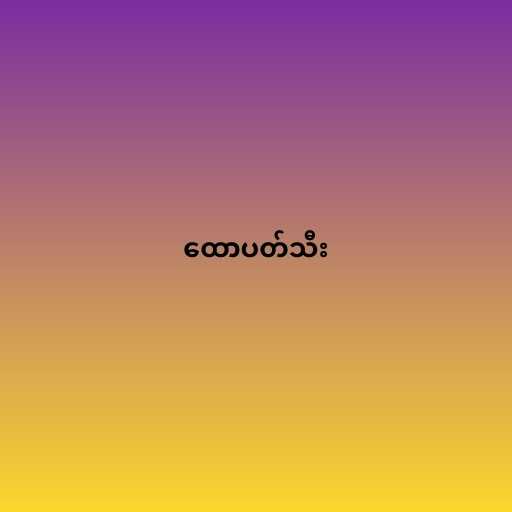
ထောပတ်သီး